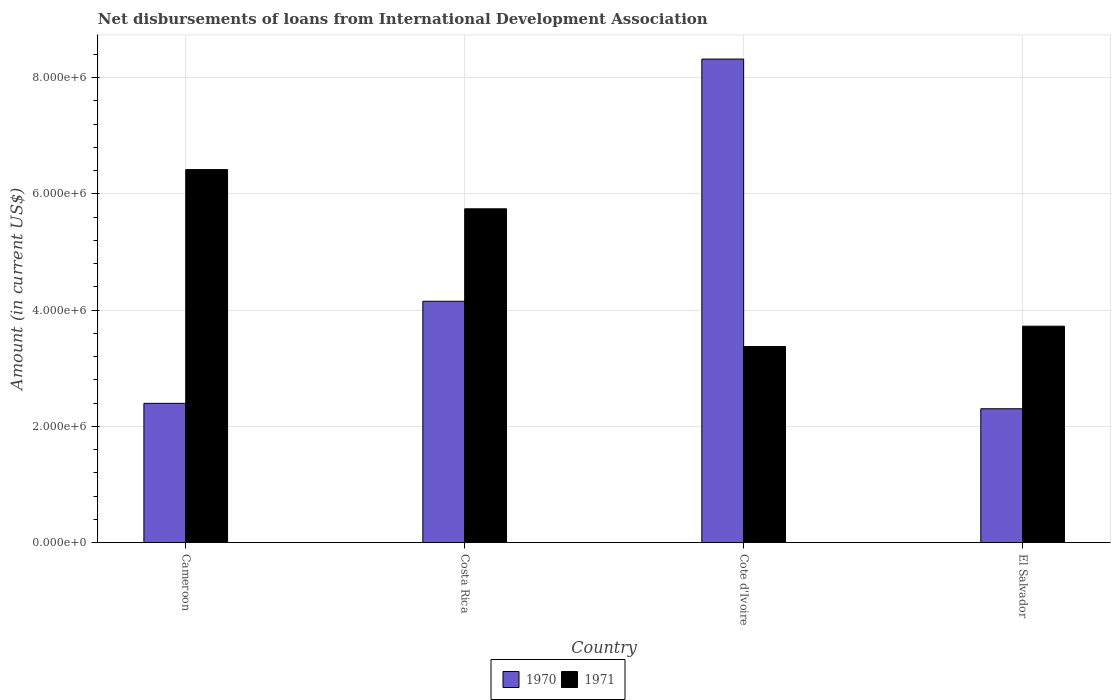
| Country | 1970 | 1971 |
 | --- | --- | --- |
 | Cameroon | 2.4e+06 | 6.42e+06 |
 | Costa Rica | 4.15e+06 | 5.74e+06 |
 | Cote d'Ivoire | 8.32e+06 | 3.37e+06 |
 | El Salvador | 2.3e+06 | 3.72e+06 |